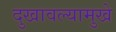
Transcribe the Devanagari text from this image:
दुखावल्यामुखे